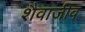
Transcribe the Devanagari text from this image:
शैवाजीव